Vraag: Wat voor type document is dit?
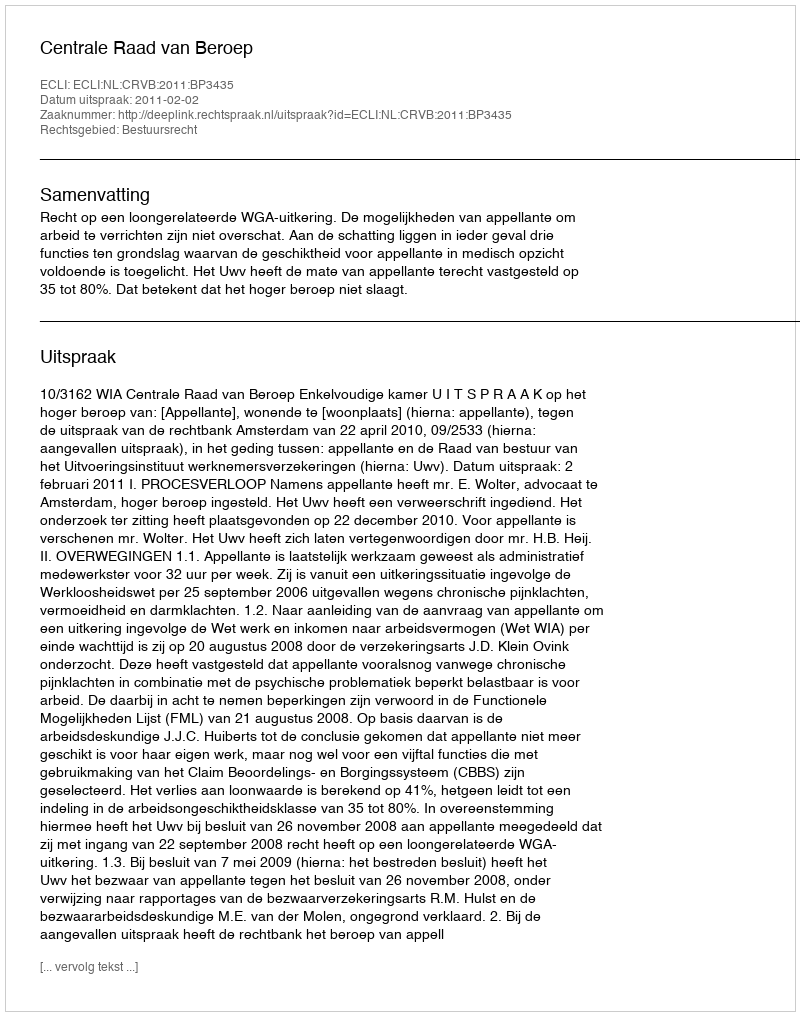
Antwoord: Uitspraak